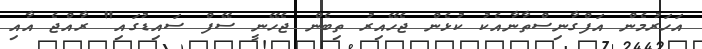
އަހަރުމެން އަފްގާނިސްތާނާއެކު ކުޅެން ޖެހޭއިރު ތިބެން ޖެހޭނީ ސޭފް ސައިޑުގައި" ރާއްޖެ އާއި